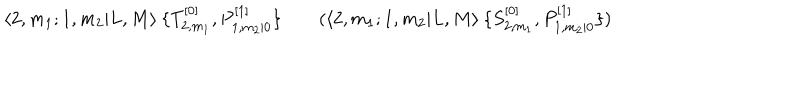
\langle 2 , m _ { 1 } ; 1 , m _ { 2 } | L , M \rangle \: \{ T _ { 2 , m _ { 1 } } ^ { [ 0 ] } , P _ { 1 , m _ { 2 } | 0 } ^ { [ 1 ] } \} \qquad ( \langle 2 , m _ { 1 } ; 1 , m _ { 2 } | L , M \rangle \: \{ S _ { 2 , m _ { 1 } } ^ { [ 0 ] } , P _ { 1 , m _ { 2 } | 0 } ^ { [ 1 ] } \} )